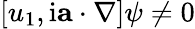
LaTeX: [u_{1},\mathrm{i}\mathbf{a}\cdot\nabla]\psi\neq 0